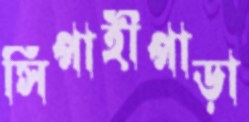
সিপাহীপাড়া